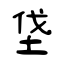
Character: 垡